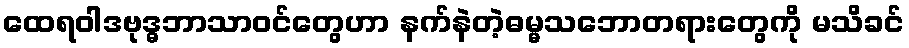
ထေရဝါဒဗုဒ္ဓဘာသာဝင်တွေဟာ နက်နဲတဲ့ဓမ္မသဘောတရားတွေကို မသိခင်